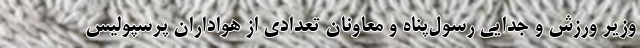
وزیر ورزش و جدایی رسول‌پناه و معاونان تعدادی از هواداران پرسپولیس